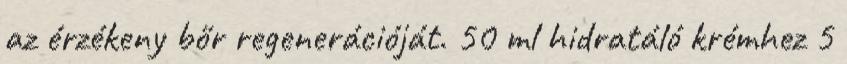
az érzékeny bőr regenerációját. 50 ml hidratáló krémhez 5